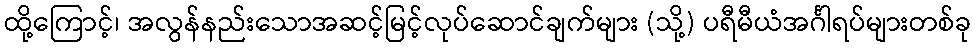
ထို့ကြောင့်၊ အလွန်နည်းသောအဆင့်မြင့်လုပ်ဆောင်ချက်များ (သို့) ပရီမီယံအင်္ဂါရပ်များတစ်ခု